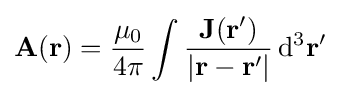
\mathbf {A} (\mathbf {r} )={\frac {\mu _{0}}{4\pi }}\int {\frac {\mathbf {J} (\mathbf {r} ')}{|\mathbf {r} -\mathbf {r} '|}}\,\mathrm {d} ^{3}\mathbf {r} '